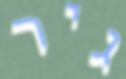
גיר